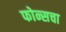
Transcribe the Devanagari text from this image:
फोन्सचा